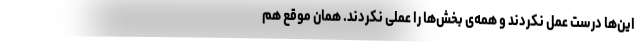
این‌ها درست عمل نکردند و همه‌ی بخش‌ها را عملی نکردند. همان موقع هم